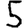
Digit: 5